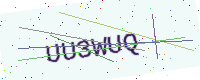
Text: UU3WUQ